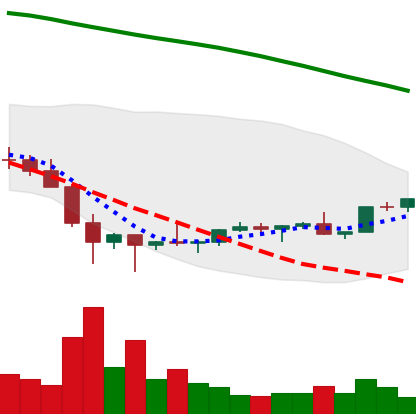
Ticker: EOS-USD
Chart end date: 2022-02-06
Forward return: -4.898%
Label: down_3_5